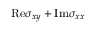
\mathrm { R e } \sigma _ { x y } + \mathrm { I m } \sigma _ { x x }